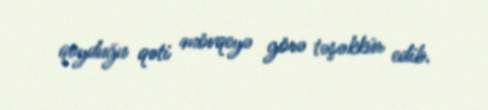
qoyduğu qəti mövqeyə görə təşəkkür edib.